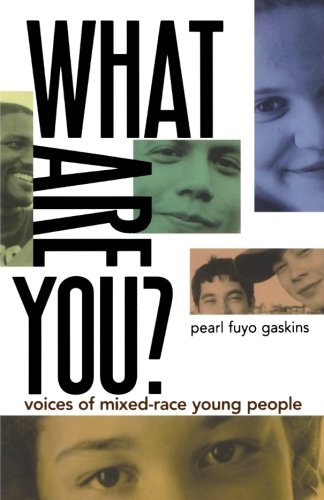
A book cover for What Are You?: Voices of Mixed-Race Young People; Teen & Young Adult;